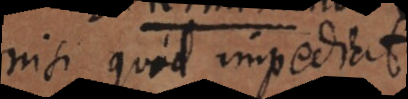
nisi quid impediat